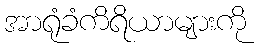
အာရုံခံကိရိယာများကို